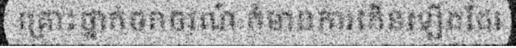
គ្រោះថ្នាក់ចរាចរណ៍ ក៏មានការកើនឡើងដែរ